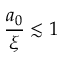
\frac { a _ { 0 } } { \xi } \lesssim 1